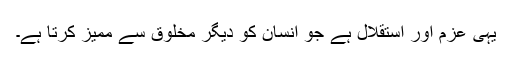
یہی عزم اور استقلال ہے جو انسان کو دیگر مخلوق سے ممیز کرتا ہے۔